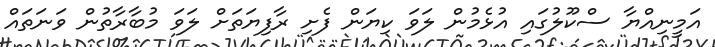
އަމީނިއްޔާ ސްކޫލުގައި އުޅެމުން ލަވަ ކިޔަން ފެށި ރާފިޔަތަށް ލަވަ މުބާރާތުން ވަނަތައް